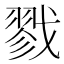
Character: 戮